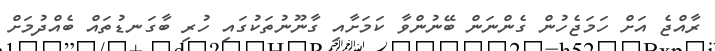
ރާއްޖެ އަށް ހަމަޖެހުން ގެންނަން ބޭނުންވާ ކަމަށާއި ގާނޫނުތަކުގައި ހުރި ބާގަނޑުތައް ބެއްދުމަށް